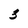
Character: 3